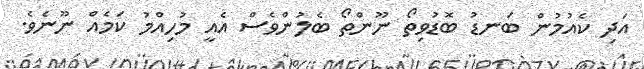
އަދި ކެއުމުން ބަނޑު ބޮޑުވިތޯ ނޫންތޯ ބެލުންވެސް އެއީ މުހިއްމު ކަމެއް ނޫނެވެ.